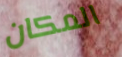
المكان